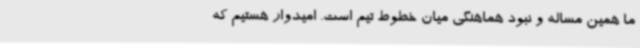
ما همین مساله و نبود هماهنگی میان خطوط تیم است. امیدوار هستیم که